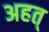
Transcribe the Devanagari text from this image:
अहत्